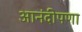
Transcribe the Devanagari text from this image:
आनंदीपणा